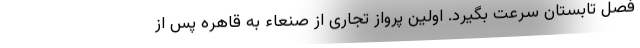
فصل تابستان سرعت بگیرد. اولین پرواز تجاری از صنعاء به قاهره پس از